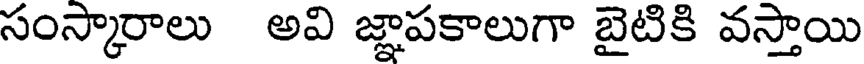
సంస్కారాలు అవి జ్ఞాపకాలుగా బైటికి వస్తాయి